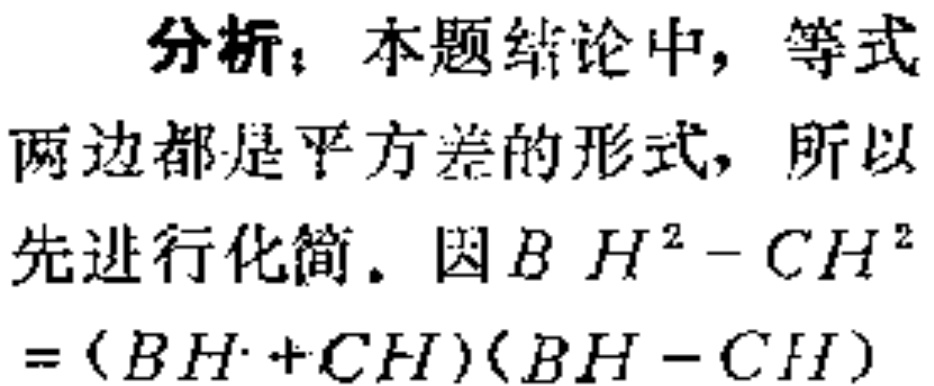
分析：本题结论中，等式
两边都是平方差的形式，所以
先进行化简。因\(BH^{2}-CH^{2}\)
\(=(BH + CH)(BH - CH)\)